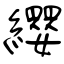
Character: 纓